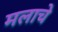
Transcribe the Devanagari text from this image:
मलाचे